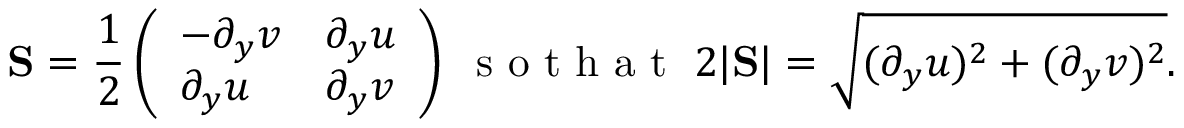
\mathrm { \bf S } = \frac { 1 } { 2 } \left( \begin{array} { l l } { - \partial _ { y } v } & { \partial _ { y } u } \\ { \partial _ { y } u } & { \partial _ { y } v } \end{array} \right) \; \mathrm { ~ s ~ o ~ t ~ h ~ a ~ t ~ } \; 2 | \mathrm { \bf S } | = \sqrt { ( \partial _ { y } u ) ^ { 2 } + ( \partial _ { y } v ) ^ { 2 } } .